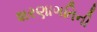
શરણાગતિની